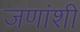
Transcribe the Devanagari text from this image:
जणांशी